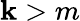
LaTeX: \mathbf{k}>m